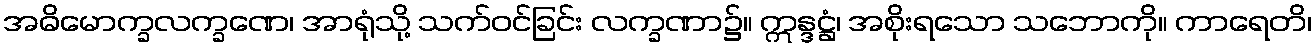
အဓိမောက္ခလက္ခဏေ၊ အာရုံသို့ သက်ဝင်ခြင်း လက္ခဏာ၌။ ဣန္ဒဋ္ဌံ၊ အစိုးရသော သဘောကို။ ကာရေတိ၊